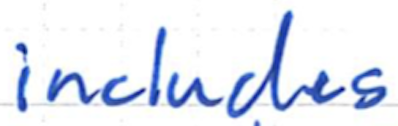
Text: includes
Cross-out: clean
Writing tool: ballpoint